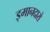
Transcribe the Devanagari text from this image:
इमानदारो